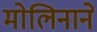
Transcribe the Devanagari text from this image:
मोलिनाने